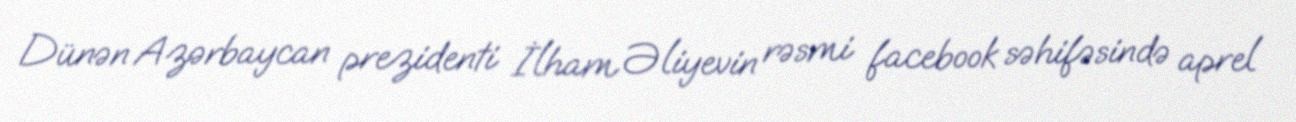
Dünən Azərbaycan prezidenti İlham Əliyevin rəsmi facebook səhifəsində aprel